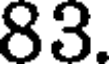
83.